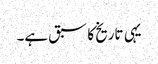
یہی تاریخ کا سبق ہے۔